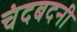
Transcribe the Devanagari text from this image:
चंदबदनी